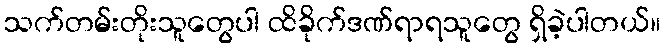
သက်တမ်းတိုးသူတွေပါ ထိခိုက်ဒဏ်ရာရသူတွေ ရှိခဲ့ပါတယ်။